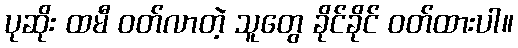
ပုဆိုး ထမီ ဝတ်လာတဲ့ သူတွေ ခိုင်ခိုင် ဝတ်ထားပါ။